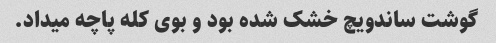
گوشت ساندویچ خشک شده بود و بوی کله پاچه میداد.